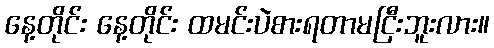
နေ့တိုင်း နေ့တိုင်း ထမင်းပဲစားရတာမငြီးဘူးလား။